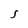
Character: S